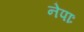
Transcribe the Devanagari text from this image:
नेपाः